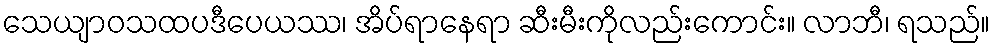
သေယျာဝသထပဒီပေယဿ၊ အိပ်ရာနေရာ ဆီးမီးကိုလည်းကောင်း။ လာဘီ၊ ရသည်။